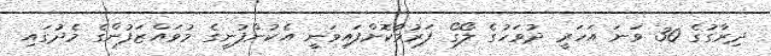
ދިރާގުގެ 30 ވަނަ އަހަރީ ދުވަހުގެ ލޯގޯ ފަރުމާކޮށްފައިވަނީ އެކުންފުނީގެ މުވައްޒަފުންގެ މެދުގައި